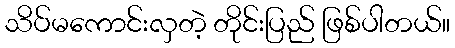
သိပ်မကောင်းလှတဲ့ တိုင်းပြည် ဖြစ်ပါတယ်။